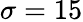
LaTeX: \sigma=15